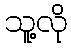
သူ့လို